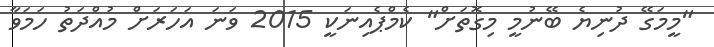
"މީމަގޭ ދުނިޔެ ބޭނުމީ މިގޮތަށް" ކެމްޕެއިނަކީ 2015 ވަނަ އަހަރަށް މުއްދަތު ހަމަވާ